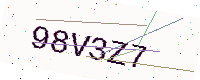
Text: 98V3Z7